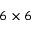
6 \times 6